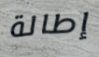
إطالة